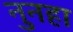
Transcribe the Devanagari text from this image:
नुनहा